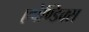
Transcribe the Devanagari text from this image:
एपेण्डिक्स